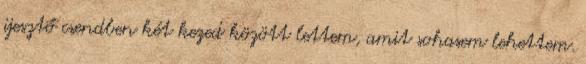
ijesztő csendben két kezed között lettem, amit sohasem lehettem.